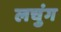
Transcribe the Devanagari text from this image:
लचुंग